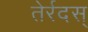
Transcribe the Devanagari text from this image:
तेर्रदस्